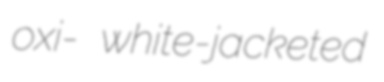
oxi- white-jacketed